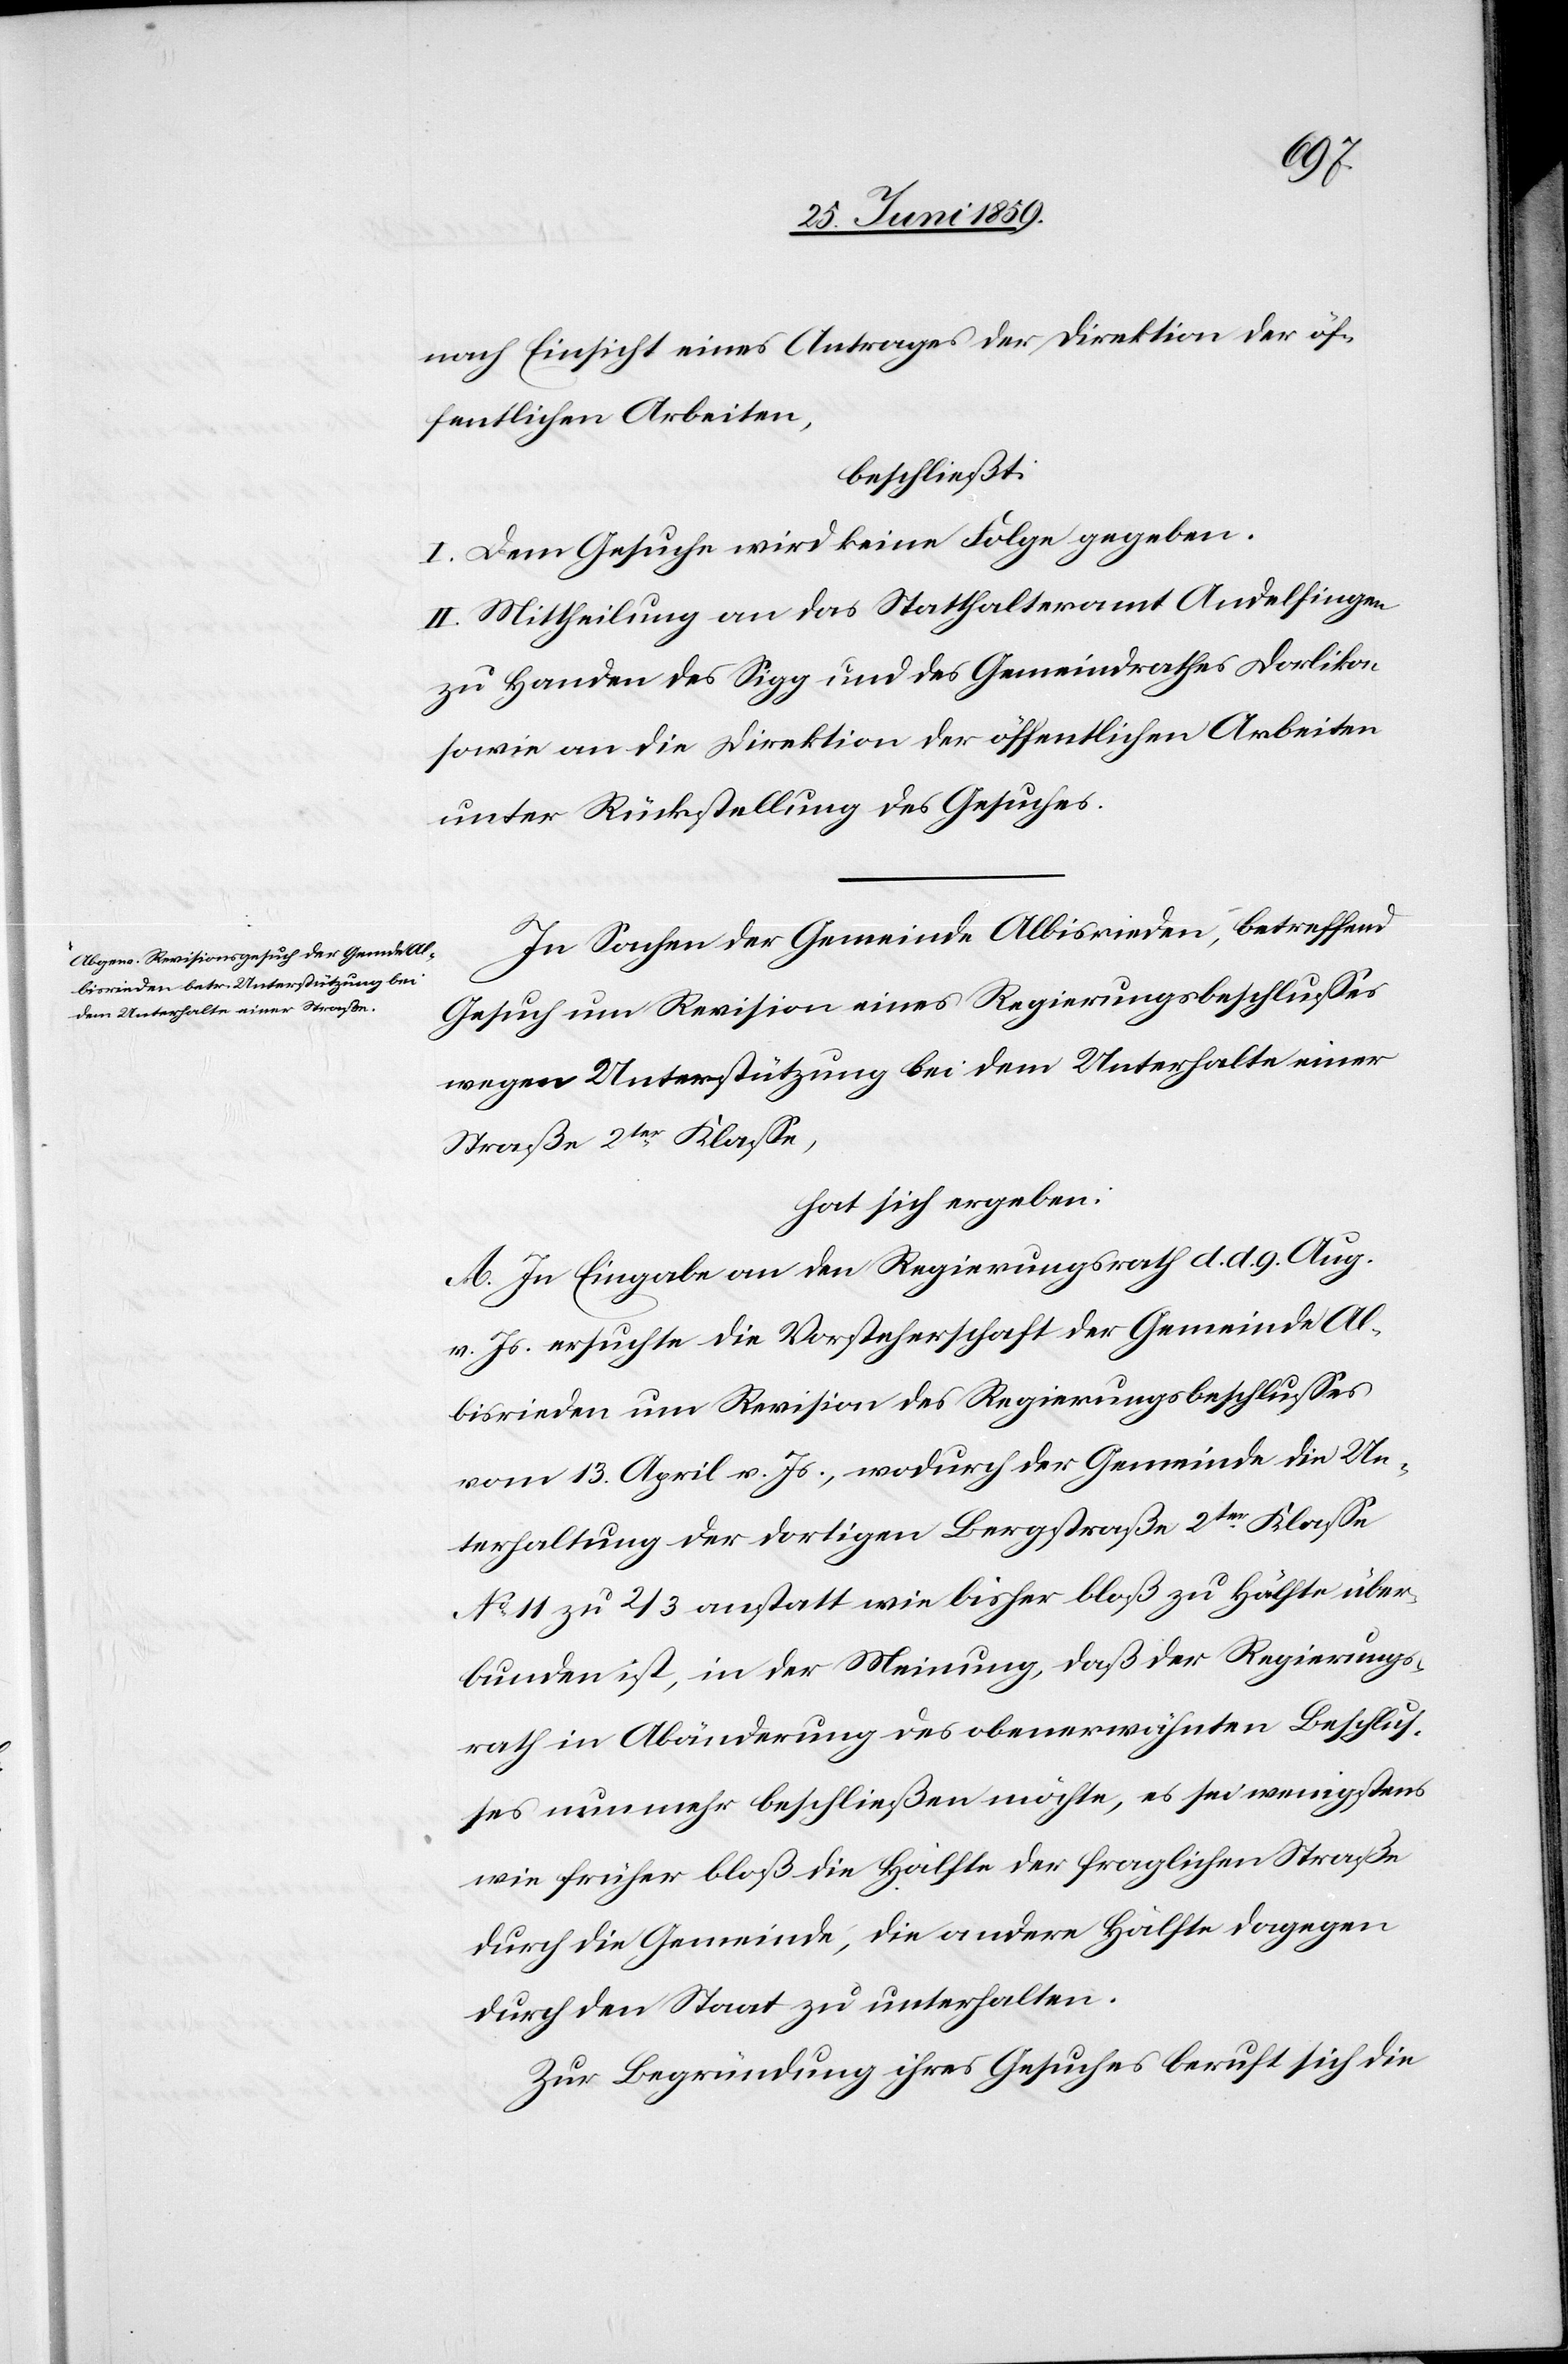
nach Einsicht eines Antrages der Direktion der öf¬
fentlichen Arbeiten,
beschließt:
I. Dem Gesuche wird keine Folge gegeben.
II. Mittheilung an das Statthalteramt Andelfingen
zu Handen des Sigg und des Gemeindrathes Dorlikon
sowie an die Direktion der öffentlichen Arbeiten
unter Rückstellung des Gesuches.
In Sachen der Gemeinde Albisrieden, betreffend
Gesuch um Revision eines Regierungsbeschlusses
wegen Unterstützung bei dem Unterhalte einer
Straße 2ter Klasse,
hat sich ergeben:
A. In Eingabe an den Regierungsrath d. d. 9. Aug.
v. Js. ersuchte die Vorsteherschaft der Gemeinde Al¬
bisrieden um Revision des Regierungsbeschlusses
vom 13. April v. Js., wodurch der Gemeinde die Un¬
terhaltung der dortigen Bergstraße 2ter Klasse
No 11 zu 2/3 anstatt wie bisher bloß zu Hälfte über¬
bunden ist, in der Meinung, daß der Regierungs¬
rath in Abänderung des obenerwähnten Beschlus¬
ses nunmehr beschließen möchte, es sei wenigstens
wie früher bloß die Hälfte der fraglichen Straße
durch die Gemeinde, die andere Hälfte dagegen
durch den Staat zu unterhalten.
Zur Begründung ihres Gesuches beruft sich die